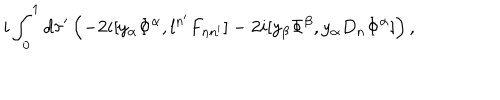
LaTeX: i \int _ { 0 } ^ { 1 } d \tau ^ { \prime } \left( - 2 i [ y _ { \alpha } \Phi ^ { \alpha } , l ^ { n ^ { \prime } } F _ { n n ^ { \prime } } ] - 2 i [ y _ { \beta } \Phi ^ { \beta } , y _ { \alpha } D _ { n } \Phi ^ { \alpha } ] \right) ,